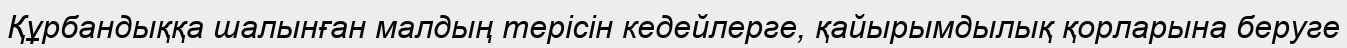
Құрбандыққа шалынған малдың терісін кедейлерге, қайырымдылық қорларына беруге